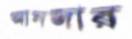
আনজার